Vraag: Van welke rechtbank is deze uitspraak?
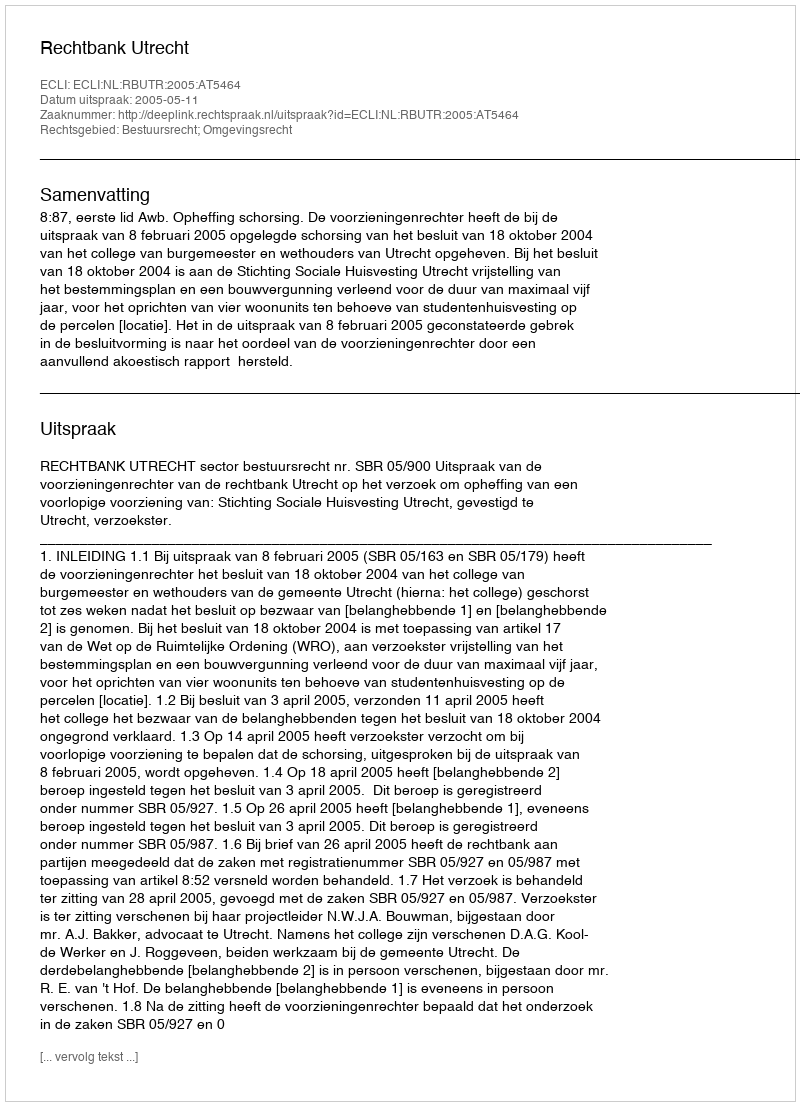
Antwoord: Rechtbank Utrecht